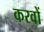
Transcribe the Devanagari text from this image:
करवों